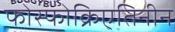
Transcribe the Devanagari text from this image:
फोस्फोक्रिएतिनीन